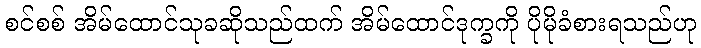
စင်စစ် အိမ်ထောင်သုခဆိုသည်ထက် အိမ်ထောင်ဒုက္ခကို ပိုမိုခံစားရသည်ဟု